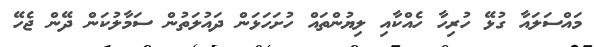
މައްސަލައާ ގުޅޭ ހުރިހާ ހެއްކާއި ލިޔުންތައް ހުށަހަޅަން ދައުލަތުން ސަމާލުކަން ދޭން ޖެހޭ